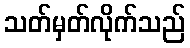
သတ်မှတ်လိုက်သည်